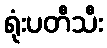
ရုံးပတီသီး